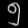
Digit: ၅